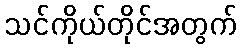
သင်ကိုယ်တိုင်အတွက်